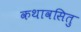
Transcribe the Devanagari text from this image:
कथावसितु